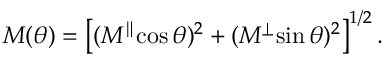
M ( \theta ) = \left[ ( M ^ { \parallel } \mathrm { c o s } \, \theta ) ^ { 2 } + ( M ^ { \perp } \mathrm { s i n } \, \theta ) ^ { 2 } \right] ^ { 1 / 2 } .